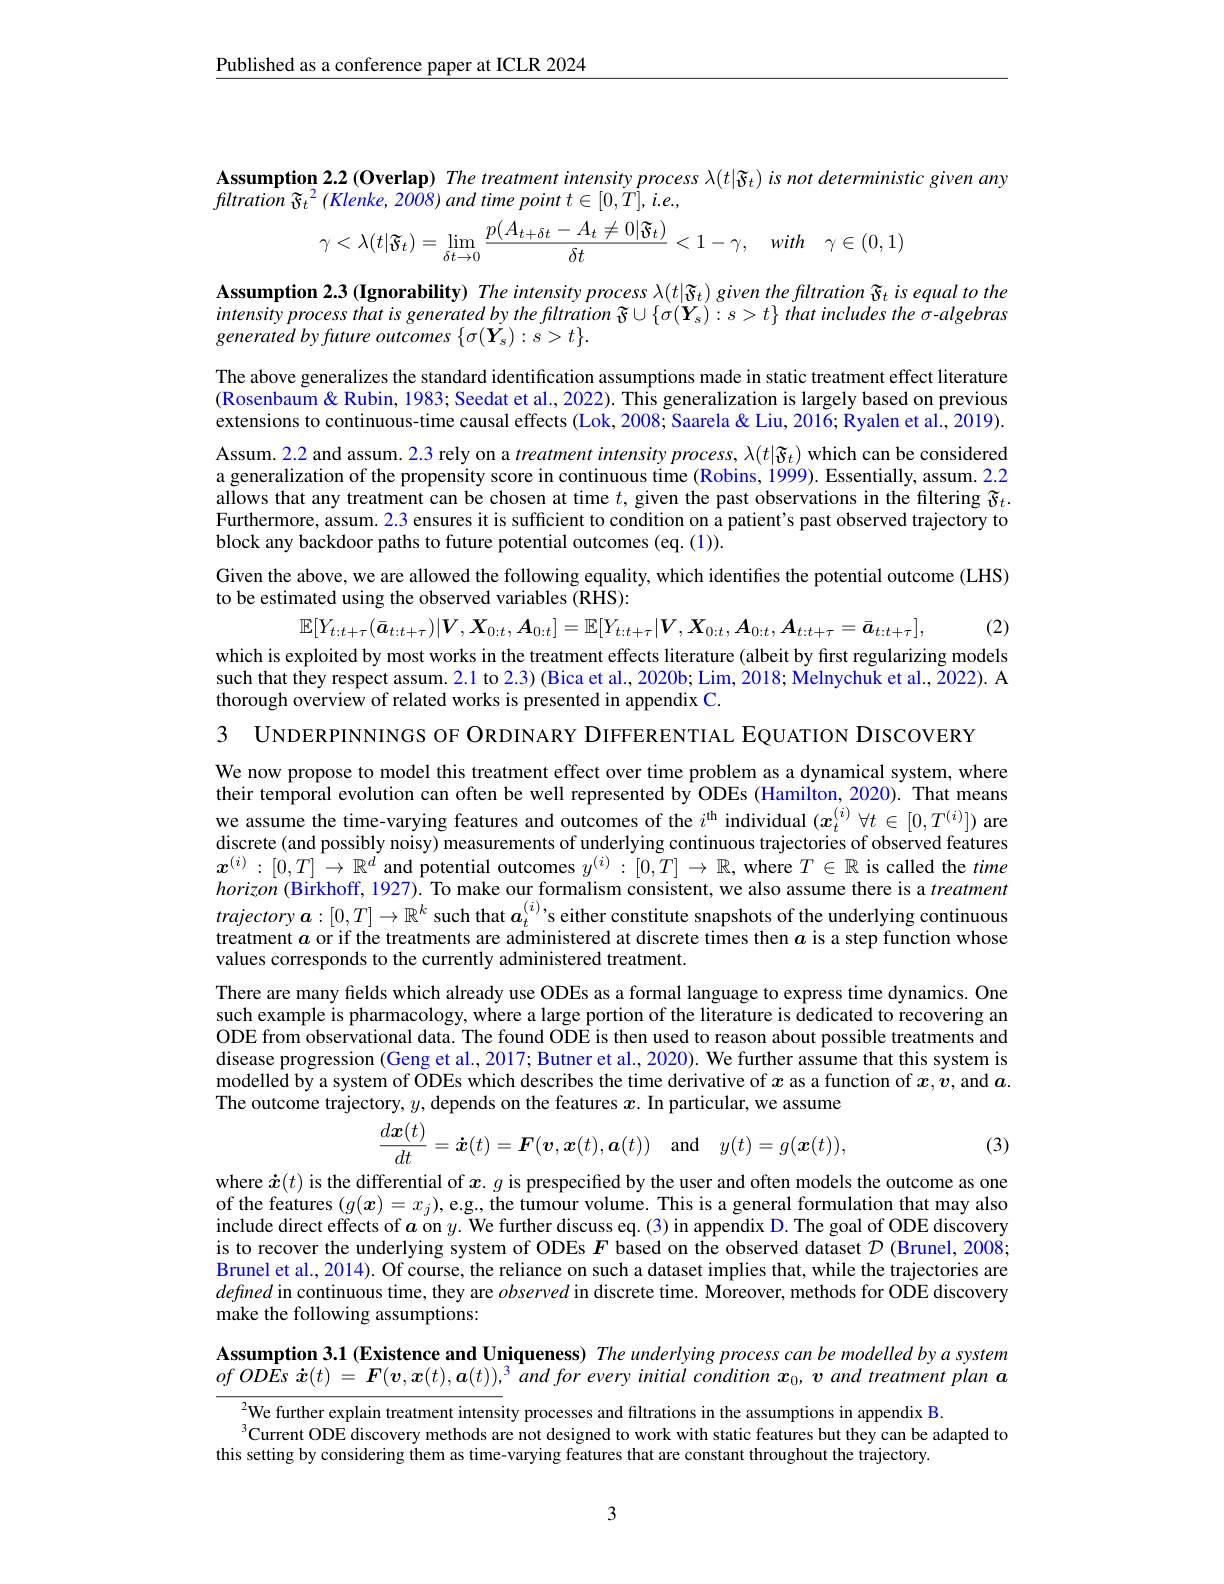
$\underline{\text{Published as a conference paper at ICLR 2024}}$

$\begin{array}{l}\textbf{Assumption 2.2(Overlap) The treatment intensity process }\lambda(t|\widetilde{\vartheta}_{t})\:is\:not\:deterministic\:given\:any\\filtration\:\widetilde{\Im}_{t}^{2}\:(Klenke,2008)\:and\:time\:point\:t\in[0,T],\:i.e.,\end{array}$
$$\gamma<\lambda(t|\mathfrak{F}_{t})=\lim_{\delta t\to0}\frac{p(A_{t+\delta t}-A_{t}\neq0|\mathfrak{F}_{t})}{\delta t}<1-\gamma,\quad with\quad\gamma\in(0,1)$$
Assumption 2.3 (Ignorability) The intensity process $\lambda(t|\widetilde{\mathfrak{S}}_t)$ given the filtration $\widetilde{\mathfrak{S}}_t$ is equal to the $intensityprocessthatisgeneratedbythefltration~{\tilde{\varsigma}}\cup\{\sigma(Y_{s}):s>t\}~that~includes~the~{\tilde{\sigma}}-algebras$ generated by future outcomes $\{\sigma(\dot{\boldsymbol{Y}}_{s}):s>t\}.$

The above generalizes the standard identification assumptions made in static treatment effect literature (Rosenbaum & Rubin, 1983; Seedat et al., 2022). This generalization is largely based on previous extensions to continuous-time causal effects (Lok,2008; Saarela& Liu, 2016; Ryalen et al., 2019). Assum. 2. 2 and assum. 2. 3 rely on a treatment intensity process, $\lambda ( t| \widetilde{\vartheta } _{t})$ which can be considered a generalization of the propensity score in continuous time ( Robins, 1999) . Essentially, assum. 2. 2 a generalization of the propensity score allows that any treatment can be chosen at time $t$, given the past observations in the filtering $\widetilde{\mathfrak{F}}_t.$ Furthermore, assum. 2.3 ensures it is sufficient to condition on a patient's past observed trajectory to block any backdoor paths to future potential outcomes (eq. (1)).
Given the above, we are allowed the following equality, which identifies the potential outcome (LHS)
to be estimated using the observed variables (RHS):

(2)
$$\mathbb{E}[Y_{t:t+\tau}(\bar{\boldsymbol{a}}_{t:t+\tau})|\boldsymbol{V},\boldsymbol{X}_{0:t},\boldsymbol{A}_{0:t}]=\mathbb{E}[Y_{t:t+\tau}|\boldsymbol{V},\boldsymbol{X}_{0:t},\boldsymbol{A}_{0:t},\boldsymbol{A}_{t:t+\tau}=\bar{\boldsymbol{a}}_{t:t+\tau}],$$
which is exploited by most works in the treatment effects literature (albeit by first regularizing models such that they respect assum. 2.1 to 2.3) (Bica et al., 2020b; Lim, 2018; Melnychuk et al., 2022). A thorough overview of related works is presented in appendix C.

3 UNDERPINNINGS OF ORDINARY DIFFERENTIAL EQUATION DISCOVERY

We now propose to model this treatment effect over time problem as a dynamical system, where their temporal evolution can often be well represented by ODEs (Hamilton, 2020). That means we assume the time-varying features and outcomes of the $i^\mathrm{th}$ individual $(\boldsymbol x_t^{(i)}\forall t\in[0,T^{(i)}])$ are discrete (and possibly noisy) measurements of underlying continuous trajectories of observed features $x^{(i)}:[0,T]\to\mathbb{R}^d$ and potential outcomes $y^(i):[0,T]\to\mathbb{R}$, where $T\in\mathbb{R}$ is called the time horizon (Birkhoff, 1927). To make our formalism consistent, we also assume there is a treatment $trajectorya:[0,T]\to\mathbb{R}^k$ such that $a_t^{(i)}$'s either constitute snapshots of the underlying continuous treatment $a$ or if the treatments are administered at discrete times then $a$ is a step function whose values corresponds to the currently administered treatment.
There are many fields which already use ODEs as a formal language to express time dynamics. One such example is pharmacology, where a large portion of the literature is dedicated to recovering an ODE from observational data. The found ODE is then used to reason about possible treatments and disease progression (Geng et al., 2017; Butner et al., 2020). We further assume that this system is modelled by a system of ODEs which describes the time derivative of $x$ as a function of $x,v$,and $\boldsymbol{a}.$ The outcome trajectory, $y$, depends on the features $x.$ In particular, we assume
$$\frac{d\boldsymbol{x}(t)}{dt}=\dot{\boldsymbol{x}}(t)=\boldsymbol{F}(\boldsymbol{v},\boldsymbol{x}(t),\boldsymbol{a}(t))\quad\mathrm{and}\quad y(t)=g(\boldsymbol{x}(t)),$$
(3)

where $\dot{\boldsymbol{x}}(t)$ is the differential of $x.g$ is prespecified by the user and often models the outcome as one of the features $(g(x)=x_j)$,e.g.. the tumour volume. This is a general formulation that may also include direct effects of $\boldsymbol a$ on $y.$ We further discuss eq.(3) in appendix D. The goal of ODE discovery is to recover the underlying system of ODEs $F$ based on the observed dataset $\mathcal{D}$ (Brunel, 2008; Brunel et al., 2014). Of course, the reliance on such a dataset implies that, while the trajectories are defined in continuous time, they are observed in discrete time. Moreover, methods for ODE discovery make the following assumptions:

Assumption 3.1 (Existence and Uniqueness) The underlying process can be modelled by $a$ system $ofOD\dot{E}s\dot{\boldsymbol{x}}(t)=\boldsymbol{F}(\boldsymbol{v},\boldsymbol{x}(t),\boldsymbol{a}(t)),^3andforeveryinitialconditionx_0,\boldsymbol{v}and$ treatment plan $a$

$^{2}$We further explain treatment intensity processes and filtrations in the assumptions in appendix B.
$^{3}$Current ODE discovery methods are not designed to work with static features but they can be adapted to
this setting by considering them as time-varying features that are constant throughout the trajectory.

3